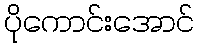
ပိုကောင်းအောင်